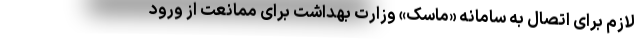
لازم برای اتصال به سامانه «ماسک» وزارت بهداشت برای ممانعت از ورود